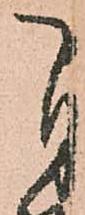
自